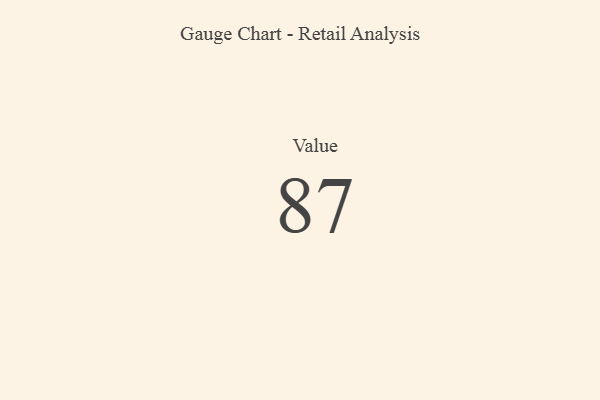
{"axis": {"x": "Metric", "y": "Value"}, "legend": [""], "data": [{"x": "Value", "y": 87, "type": ""}]}